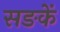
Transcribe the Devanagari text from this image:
सङकें